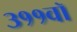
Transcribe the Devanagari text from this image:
३११वॉ